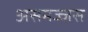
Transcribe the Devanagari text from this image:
असमज्जस